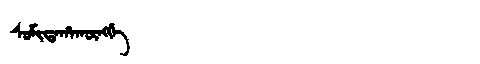
Manchu: ᠰᠣᠮᡳᡨᠠᡥᠠᡴᡡᠩᡤᡝ
Romanization: SOMITAHAKŪNGGE